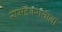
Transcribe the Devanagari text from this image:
रामदेवरायाला